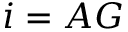
i = A G